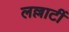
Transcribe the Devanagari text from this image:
लल्लाटीं